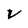
Character: V